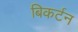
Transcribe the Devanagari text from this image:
बिकर्टन